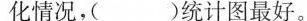
化情况，( )统计图最好。